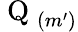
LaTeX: \mathrm{~Q~}_{(m^{\prime})}